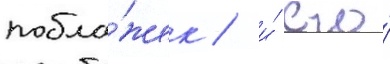
побла́жек / и́ его́